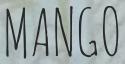
MANGO